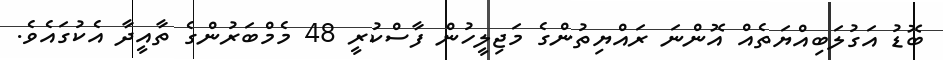
ބޮޑު އަގުލަބިއްޔަތެއް އޮންނަ ރައްޔިތުންގެ މަޖިލީހުން ފާސްކުރީ 48 މެމްބަރުންގެ ތާއީދާ އެކުގައެވެ.